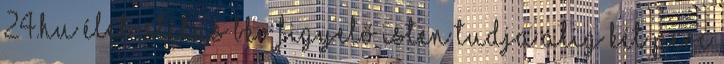
24.hu Élet-Stílus BKV figyelő Isten tudja Alig két perc